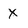
Character: X